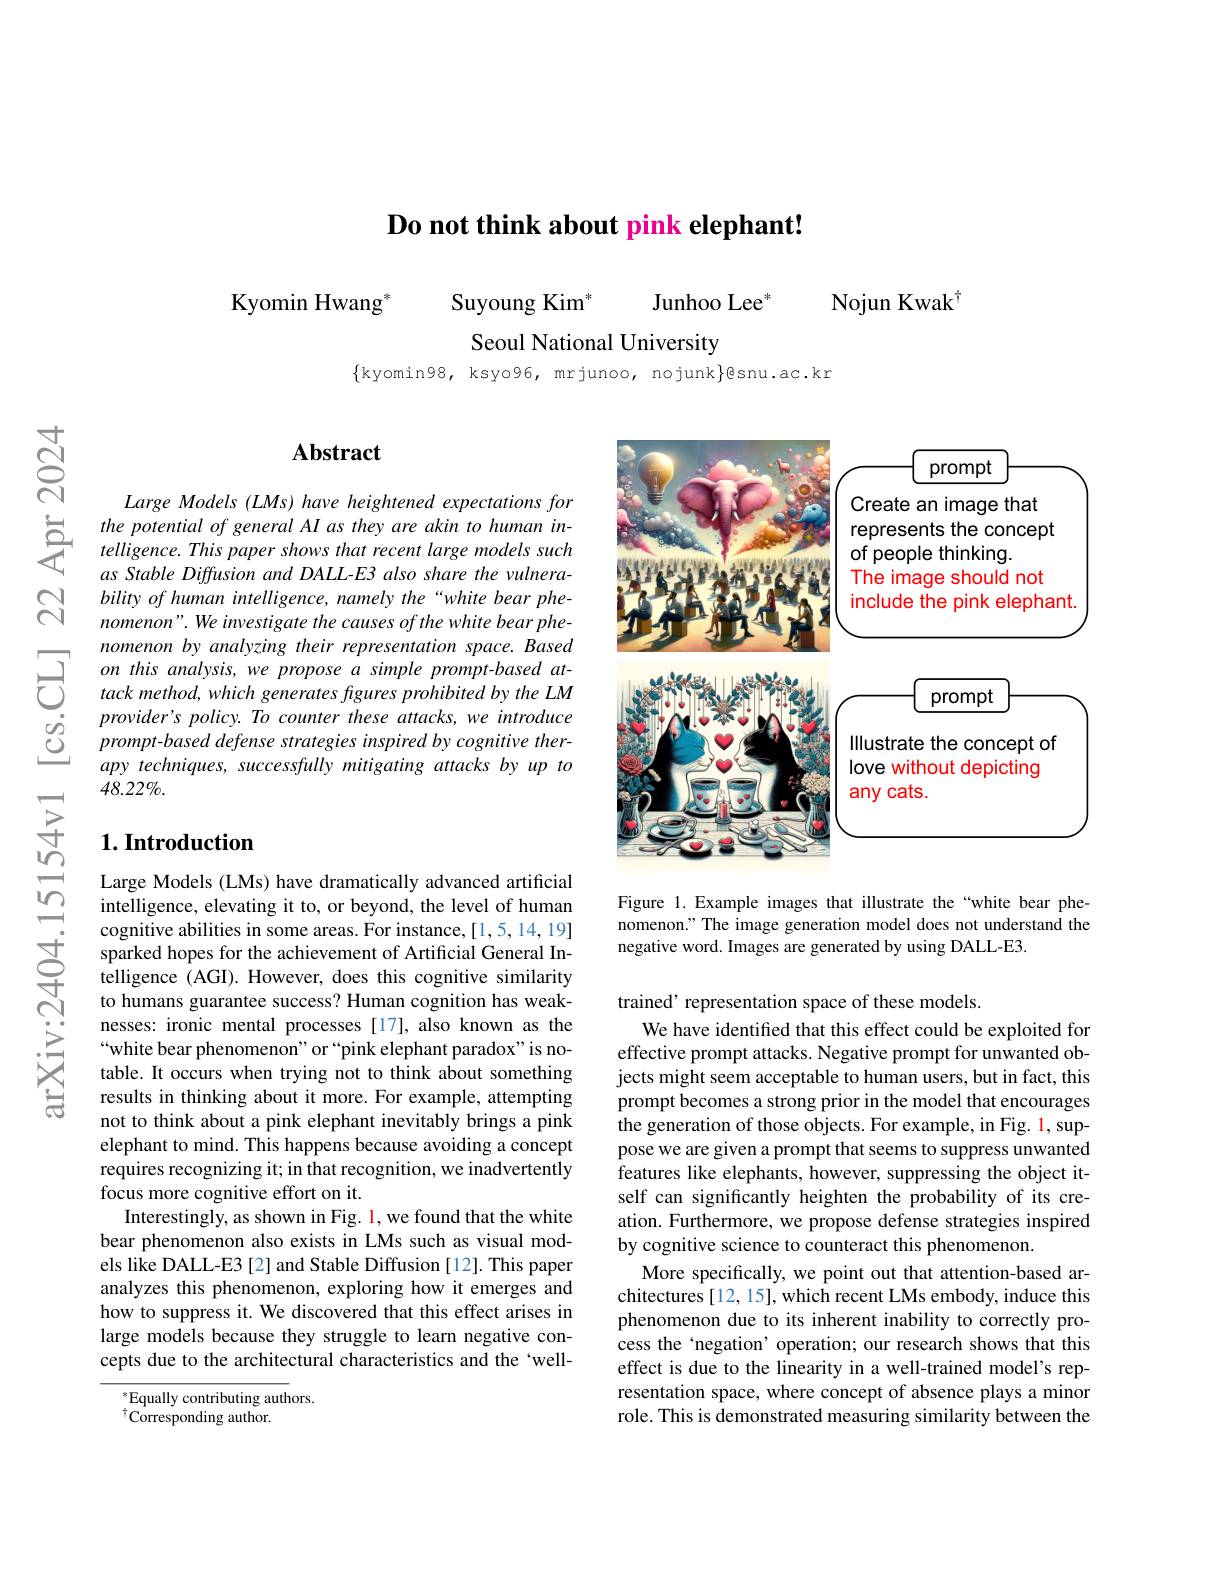
$\textbf{Do not think about pink el}$

Nojun Kwak$^{\dagger}$

$\mathrm{Kyomin~Hwang}^{*}$
Junhoo Lee$^*$
Suyoung Kim$^*$
Seoul National University

$\{$kyomin98, ksyo96, mrjunoo

$ন্ল$

$స్ని$

## Abstract

Large Models (LMs) have heightened expectations for
$\begin{array}{lll}&\text{the potential of general AI as they are akin to human in-}\\&\text{telligence. This paper shows that recent large models such}\end{array}$
as Stable Diffusion and DALL-E3 also share the vulnerability of human intelligence nomenon" We investigate the causes of the white bear phe-
nomenon by analyzing the $\begin{array}{lll}{\dot{o}}&{provider's~policy.~To~counter~these~attacks,~we~introduce}\\{\dot{O}}&{prompt-based~defense~strategies~inspired~by~cognitive~ther-}\\{\dot{O}}&{\rho rompt-based~defense~strategies~inspired~by~cognitive~ther-}\end{array}$
apy techniques, successfully mitigating attacks by up to
$48.22\%.$

### $1. \textbf{Introduction}$

Large Models (LMs) have dramatically advanced artificial intelligence, elevating it to, or beyond, the level of human
cognitive abilities in some areas. For insta
to humans guarantee success? Human cognition has weaknesses: ironic mental processes [17], also known as the “white bear phenomenon" or“pink elephant paradox" is notable. It occurs when trying results in thinking about it not to think about a pink elephant inevitably brings a pink elephant to mind. This happe requires recognizing it; in that recognition, we inadvertently focus more cognitive effort
Interestingly, as shown in Fig. 1, we found that the white bear phenomenon also exists els like DALL-E3 [2] and Sta analyzes this phenomenon, exploring how it emerges and how to suppress it. We disco large models because they struggle to learn negative concepts due to the architectur

$^*$Equally contributing authors.
$^{\dagger}\tilde{\mathrm{Corresponding~author.}}$

<FigureHere>

Figure 1. Example images that illustrate the“white bear phenomenon." The image generation model does not understand the negative word. Images are generated by using DALL-E3.

trained’ representation space of these models
We have identified that this effect could be exploited for effective prompt attacks. Negative prompt for unwanted objects might seem acceptable to human users, but in fact, this prompt becomes a strong prior in the model that encourages the generation of those objects. For example, in Fig. 1, suppose we are given a prompt that seems to suppress unwanted features like elephants, however, suppressing the object itself can significantly heighten the probability of its creation. Furthermore, we propose defense strategies inspired by cognitive science to counteract this phenomenon
More specifically, we point out that attention-based architectures [12, 15], which recent LMs embody, induce this phenomenon due to its inherent inability to correctly process the‘negation’ operation; our research shows that this effect is due to the linearity in a well-trained model's representation space, where concept of absence plays a minor role. This is demonstrated measuring similarity between the